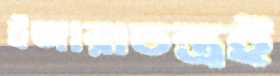
ইজারাতন্ত্রই